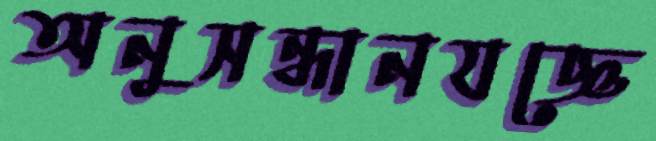
অনুসন্ধানযজ্ঞে